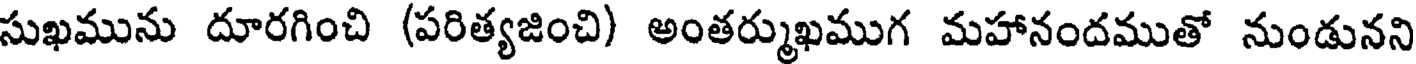
సుఖమును దూరగించి (పరిత్యజించి) అంతర్ముఖముగ మహానందముతో నుండునని